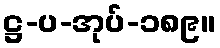
ဋ္ဌ-ပ-အုပ်-၁၈၉။